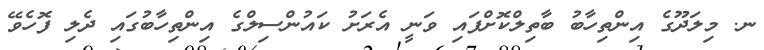
ނ. މިލަދޫގެ އިންތިހާބު ބާތިލްކޮށްފައި ވަނީ އެރަށު ކައުންސިލްގެ އިންތިހާބުގައި ދެލި ފޮހެވޭ